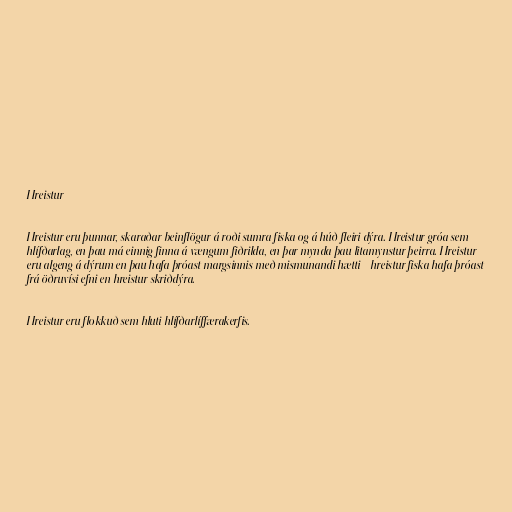
Hreistur

Hreistur eru þunnar, skaraðar beinflögur á roði sumra fiska og á húð fleiri dýra. Hreistur gróa sem
hlífðarlag, en þau má einnig finna á vængum fiðrilda, en þar mynda þau litamynstur þeirra. Hreistur
eru algeng á dýrum en þau hafa þróast margsinnis með mismunandi hætti - hreistur fiska hafa þróast
frá öðruvísi efni en hreistur skriðdýra.

Hreistur eru flokkuð sem hluti hlífðarlíffærakerfis.